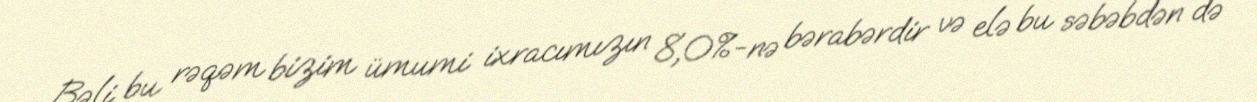
Bəli, bu rəqəm bizim ümumi ixracımızın 8,0%-nə bərabərdir və elə bu səbəbdən də